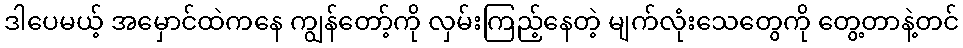
ဒါပေမယ့် အမှောင်ထဲကနေ ကျွန်တော့်ကို လှမ်းကြည့်နေတဲ့ မျက်လုံးသေတွေကို တွေ့တာနဲ့တင်